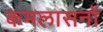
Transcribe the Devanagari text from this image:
कमलासनों